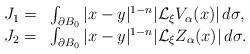
LaTeX: \begin{align*}\begin{array}{r l}J_1=&\int_{\partial B_0}\vert x-y\vert^{1-n}\vert\mathcal{L}_\xi V_\alpha(x)\vert\,d\sigma,\\J_2=&\int_{\partial B_0}\vert x-y\vert^{1-n}\vert\mathcal{L}_\xi Z_\alpha(x)\vert\,d\sigma.\end{array}\end{align*}